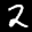
Label: 2